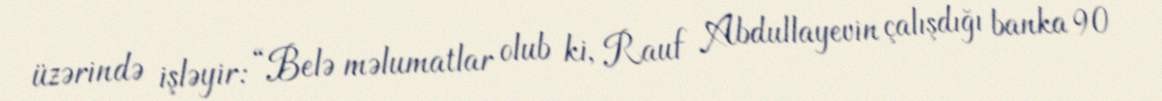
üzərində işləyir: “Belə məlumatlar olub ki, Rauf Abdullayevin çalışdığı banka 90